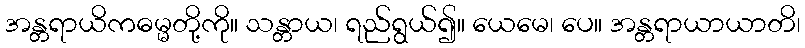
အန္တရာယိကဓမ္မတို့ကို။ သန္တာယ၊ ရည်ရွယ်၍။ ယေမေ၊ ပေ။ အန္တရာယာယာတိ၊